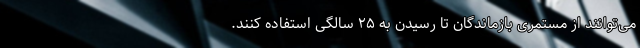
می‌توانند از مستمری بازماندگان تا رسیدن به ۲۵ سالگی استفاده کنند.